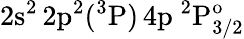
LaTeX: \mathrm{2s^{2}\, 2p^{2}(^{3}P)\, 4p~^{2}P_{3/2}^{o}}